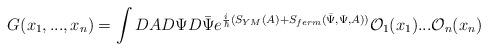
LaTeX: \begin{align*}G(x_1, ..., x_n) = \int DA D\Psi D\bar{\Psi} e^{\frac{i}{\hbar}(S_{YM}(A) + S_{ferm}(\bar{\Psi}, \Psi, A))}{\cal O}_1(x_1) ...{\cal O}_n(x_n)\end{align*}